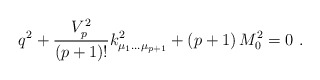
\begin{align*}q^2 + {V_p^2\over (p+1)!}k^2_{\mu_1\dots\mu_{p+1}} +(p+1)\, M_0^2=0\ .\end{align*}